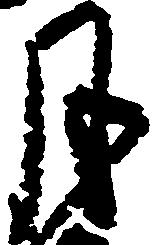
月